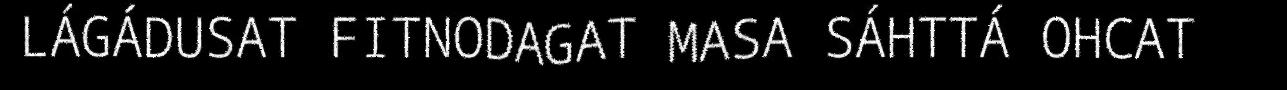
LÁGÁDUSAT FITNODAGAT MASA SÁHTTÁ OHCAT